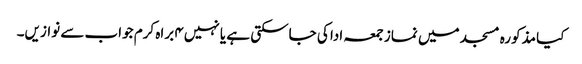
کیا مذکورہ مسجد میں نماز جمعہ ادا کی جاسکتی ہے یا نہیں۴ براہ کرم جواب سے نوازیں۔